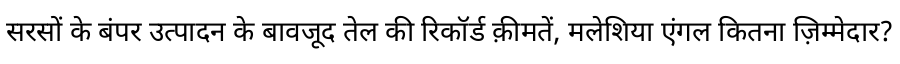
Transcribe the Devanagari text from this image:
सरसों के बंपर उत्पादन के बावजूद तेल की रिकॉर्ड क़ीमतें, मलेशिया एंगल कितना ज़िम्मेदार?